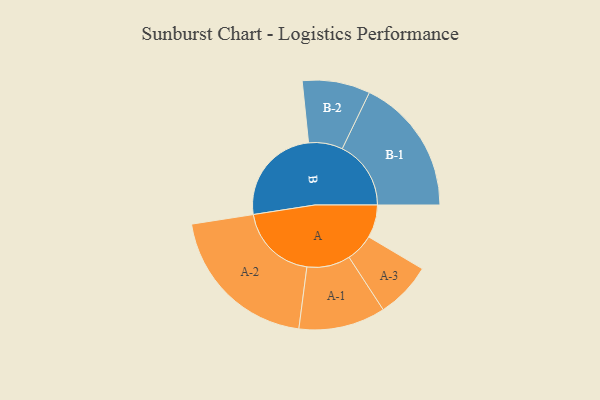
{"axis": {"x": "Segment", "y": "Value"}, "legend": ["", "A", "B"], "data": [{"x": "A", "y": 122, "type": ""}, {"x": "B", "y": 369, "type": ""}, {"x": "A-1", "y": 161, "type": "A"}, {"x": "A-2", "y": 293, "type": "A"}, {"x": "A-3", "y": 104, "type": "A"}, {"x": "B-1", "y": 255, "type": "B"}, {"x": "B-2", "y": 126, "type": "B"}]}